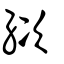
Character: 絘